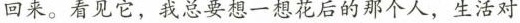
回来。看见它，我总要想一想花后的那个人，生活对